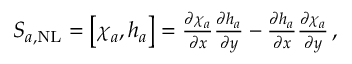
\begin{array} { r } { S _ { a , \mathrm { N L } } = \bigl [ \chi _ { a } , h _ { a } \bigr ] = \frac { \partial \chi _ { a } } { \partial x } \frac { \partial h _ { a } } { \partial y } - \frac { \partial h _ { a } } { \partial x } \frac { \partial \chi _ { a } } { \partial y } \, , } \end{array}